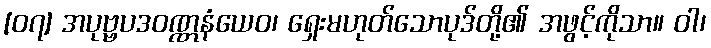
[၀၇] အပုဗ္ဗပဒဝဏ္ဏနံယေဝ၊ ရှေးမဟုတ်သောပုဒ်တို့၏ အဖွင့်ကိုသာ။ ဝါ၊